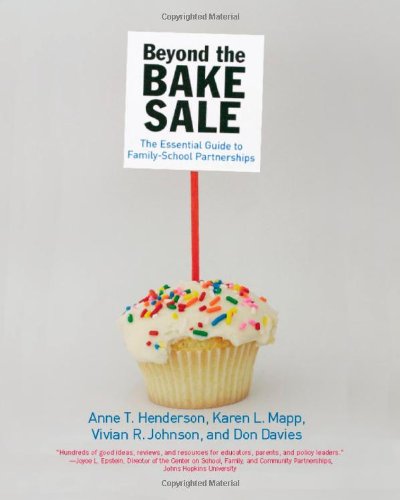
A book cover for Beyond the Bake Sale: The Essential Guide to Family/school Partnerships; Education & Teaching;